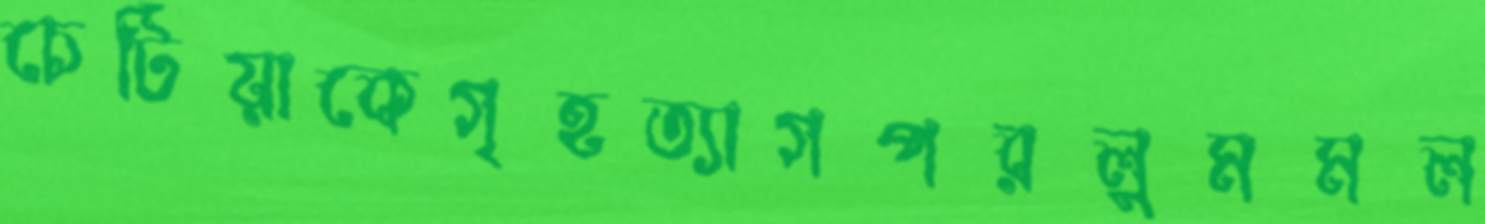
চেটিয়াকেগৃহত্যাগপরলুমমল